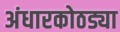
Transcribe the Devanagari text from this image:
अंधारकोठड्या